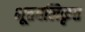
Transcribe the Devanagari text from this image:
भूतबलिकृत